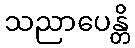
သညာပေန္တိ